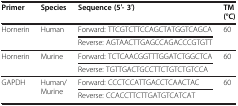
| Primer | Species | Sequence (5′- 3′) | TM (°C) |
 | --- | --- | --- | --- |
 | <ROWSPAN=2> Hornerin | <ROWSPAN=2> Human | Forward: TTCGTCTTCCAGCTATGGTCAGCA | <ROWSPAN=2> 60 |
 | Reverse: AGTAACTTGAGCCAGACCCGTGTT |
 | <ROWSPAN=2> Hornerin | <ROWSPAN=2> Murine | Forward: TCTCAACGGTTTGGATCTGGCTCA | <ROWSPAN=2> 60 |
 | Reverse: TGTTGACTGCCTTCTGTCTGTCCA |
 | <ROWSPAN=2> GAPDH | <ROWSPAN=2> Human/Murine | Forward: CCCTCCATTGACCTCAACTAC | <ROWSPAN=2> 60 |
 | Reverse: CCACCTTCTTGATGTCATCAT |